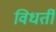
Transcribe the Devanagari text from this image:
विधर्ती